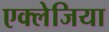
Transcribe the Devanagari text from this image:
एक्लेजिया